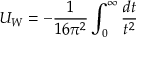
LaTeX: U _ { W } = - \frac { 1 } { 1 6 \pi ^ { 2 } } \int _ { 0 } ^ { \infty } \frac { d t } { t ^ { 2 } }